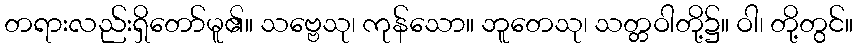
တရားလည်းရှိတော်မူ၏။ သဗ္ဗေသု၊ ကုန်သော။ ဘူတေသု၊ သတ္တဝါတို့၌။ ဝါ၊ တို့တွင်။